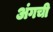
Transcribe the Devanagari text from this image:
अंगची